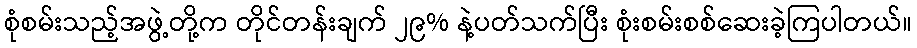
စုံစမ်းသည့်အဖွဲ့တို့က တိုင်တန်းချက် ၂၉% နဲ့ပတ်သက်ပြီး စုံးစမ်းစစ်ဆေးခဲ့ကြပါတယ်။